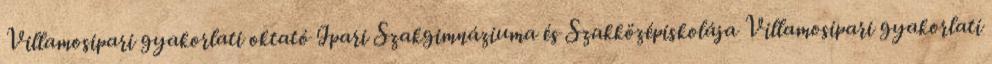
Villamosipari gyakorlati oktató Ipari Szakgimnáziuma és Szakközépiskolája Villamosipari gyakorlati